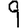
Digit: 9